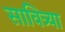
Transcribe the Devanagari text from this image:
सावित्र्या